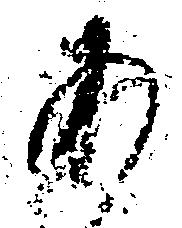
あ